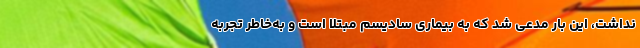
نداشت، این بار مدعی شد که به بیماری سادیسم مبتلا است و به‌خاطر تجربه